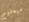
مهمتهم